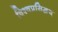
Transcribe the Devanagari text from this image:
विश्वप्रसिद्धश्